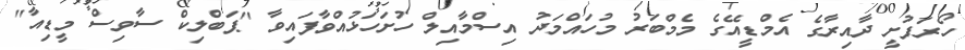
ހޯރަފުށީ ދާއިރާގެ އެމްޑީއޭގެ މެމްބަރު މުހައްމަދު އިސްމާާއިލް ހުށަހަޅުއްވާފައިވާ "ޕަބްލިކް ސާވިސް މީޑިއާ"